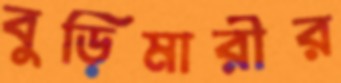
বুড়িমারীর